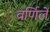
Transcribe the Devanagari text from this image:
वर्णिलें